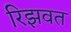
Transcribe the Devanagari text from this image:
रिझवत